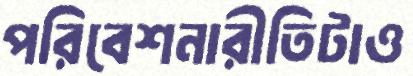
পরিবেশনারীতিটাও